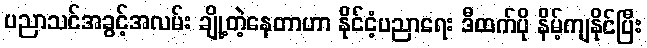
ပညာသင်အခွင့်အလမ်း ချို့တဲ့နေတာဟာ နိုင်ငံ့ပညာရေး ဒီထက်ပို နိမ့်ကျနိုင်ပြီး